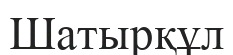
Шатырқұл